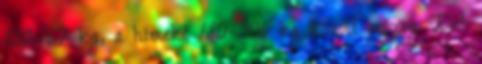
100-167 kg, a hímeké 180-306 kg között mozog. Ezt